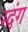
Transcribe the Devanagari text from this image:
म्दंग